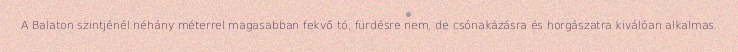
A Balaton szintjénél néhány méterrel magasabban fekvő tó, fürdésre nem, de csónakázásra és horgászatra kiválóan alkalmas.